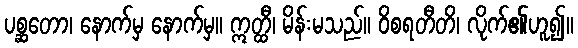
ပစ္ဆတော၊ နောက်မှ နောက်မှ။ ဣတ္ထီ၊ မိန်းမသည်။ ဝိစရတီတိ၊ လိုက်၏ဟူ၍။